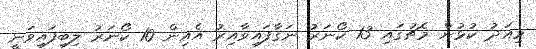
މިއަދު ކުޅުން މެޗުގައި 13 ކޯނަރު ނަގާފައިވާއިރު އެއިން 10 ކޯނަރު ލިބިފައިވަނީ